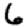
Digit: 6